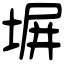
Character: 塀